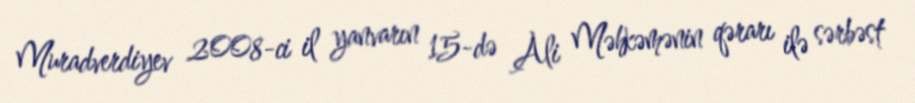
Muradverdiyev 2008-ci il yanvarın 15-də Ali Məhkəmənin qərarı ilə sərbəst